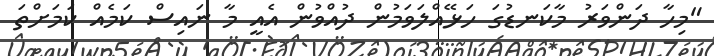
"މިހާ ދަންވަރު މާކަނޑުގަ ހަޅޭއްލަވަމުން ދުއްވުން އެއީ މާ ނައިސް ކަމެއް ކަމަށްތަ